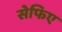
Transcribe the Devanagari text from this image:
सेफिए